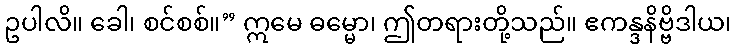
ဥပါလိ။ ခေါ၊ စင်စစ်။” ဣမေ ဓမ္မော၊ ဤတရားတို့သည်။ ဧကန္ဒနိဗ္ဗိဒါယ၊